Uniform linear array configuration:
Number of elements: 8
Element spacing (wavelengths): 1
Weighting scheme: binomial
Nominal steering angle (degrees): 15
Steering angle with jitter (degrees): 14.121
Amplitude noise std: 0.05
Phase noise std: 0.05

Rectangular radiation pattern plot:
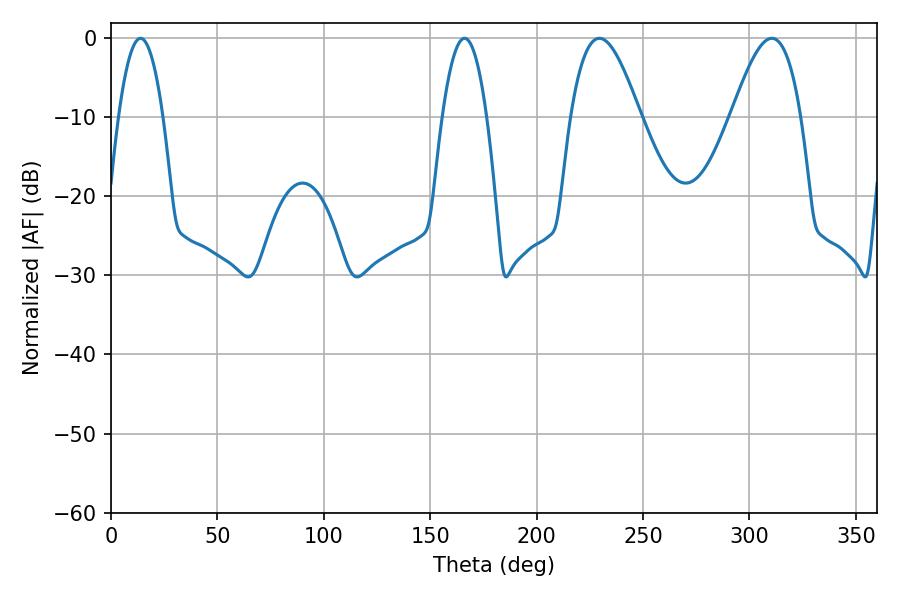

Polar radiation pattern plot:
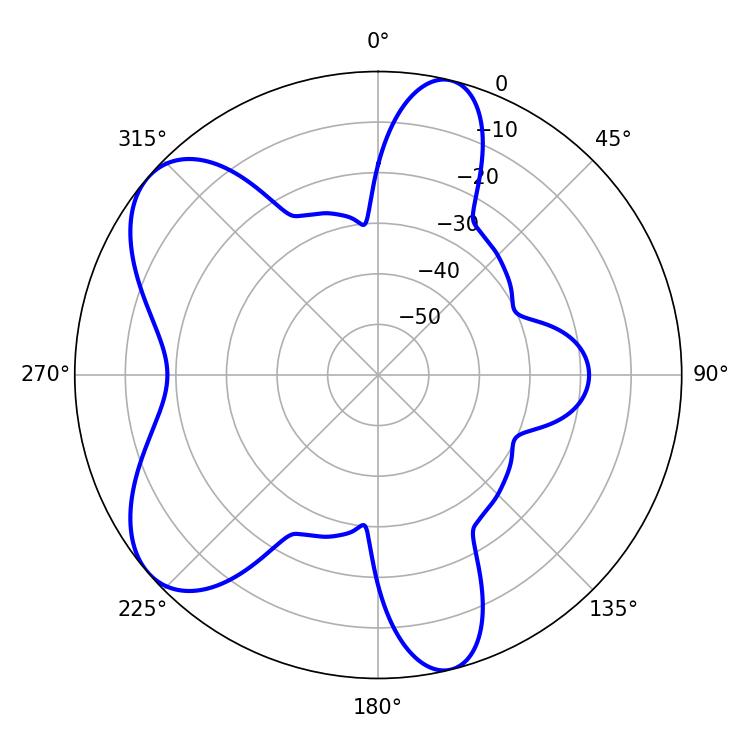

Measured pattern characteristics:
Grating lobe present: TRUE
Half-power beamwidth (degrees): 17.64
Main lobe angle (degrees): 229.5